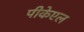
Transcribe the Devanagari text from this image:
पीकेएल